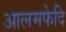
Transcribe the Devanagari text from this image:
आलमफेदि